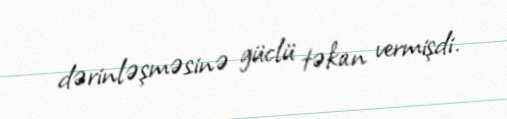
dərinləşməsinə güclü təkan vermişdi.